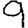
Digit: 9